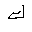
Letter: _kaf